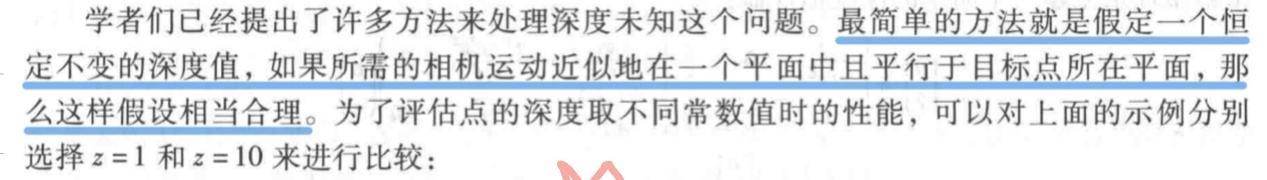
学者们已经提出了许多方法来处理深度未知这个问题。最简单的方法就是假定一个恒定不变的深度值，如果所需的相机运动近似地在一个平面中且平行于目标点所在平面，那么这样假设相当合理。为了评估点的深度取不同常数值时的性能，可以对上面的示例分别选择 \(z = 1\) 和 \(z = 10\) 来进行比较：